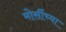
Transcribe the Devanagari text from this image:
मोर्सीच्या